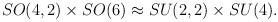
LaTeX: \begin{align*}SO (4,2) \times SO(6) \approx SU(2,2) \times SU(4).\end{align*}